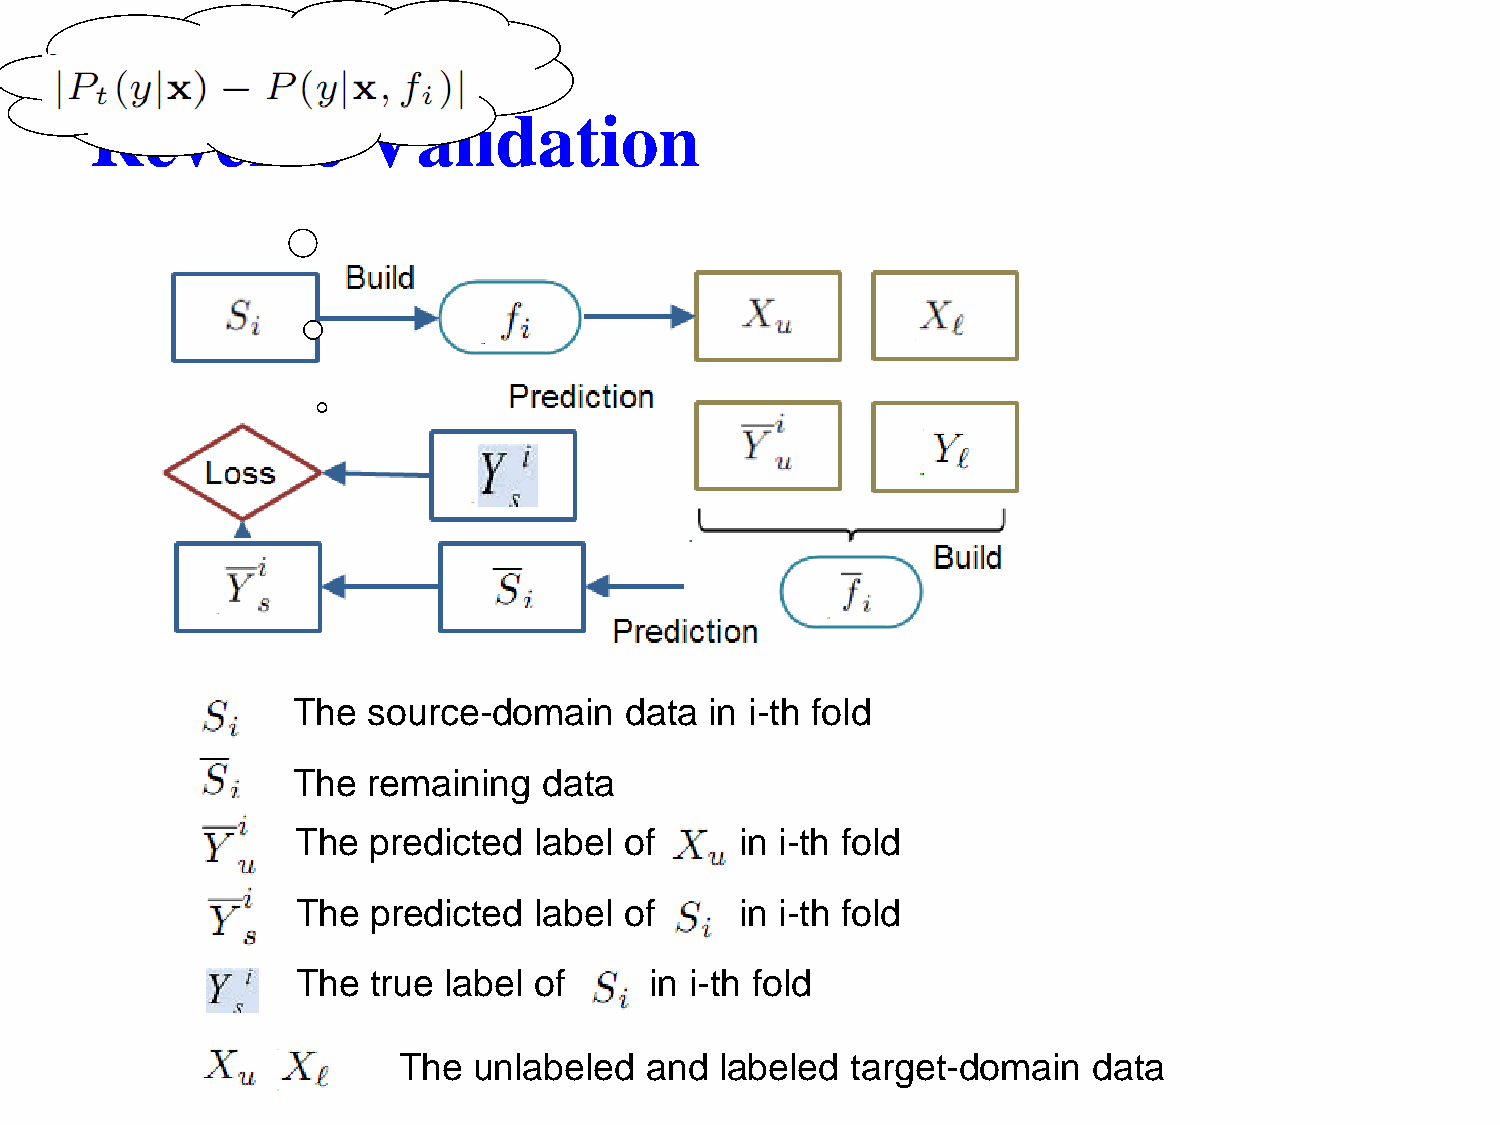
Reverse           Validation
 The  source-domain    data  in i-th fold
 The  remaining   data
 The predicted  label of      in i-th fold
 The  predicted label of      in i-th fold
 The  true label of     in i-th fold
 The  unlabeled   and  labeled target-domain   data